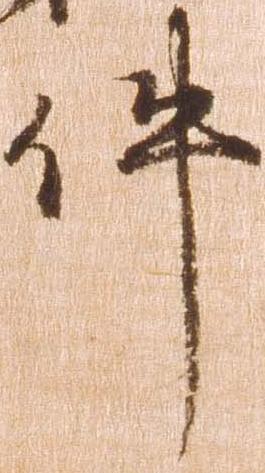
件